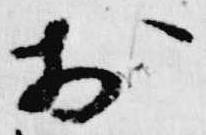
於